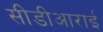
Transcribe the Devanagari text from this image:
सीडीआराई